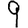
Digit: 9